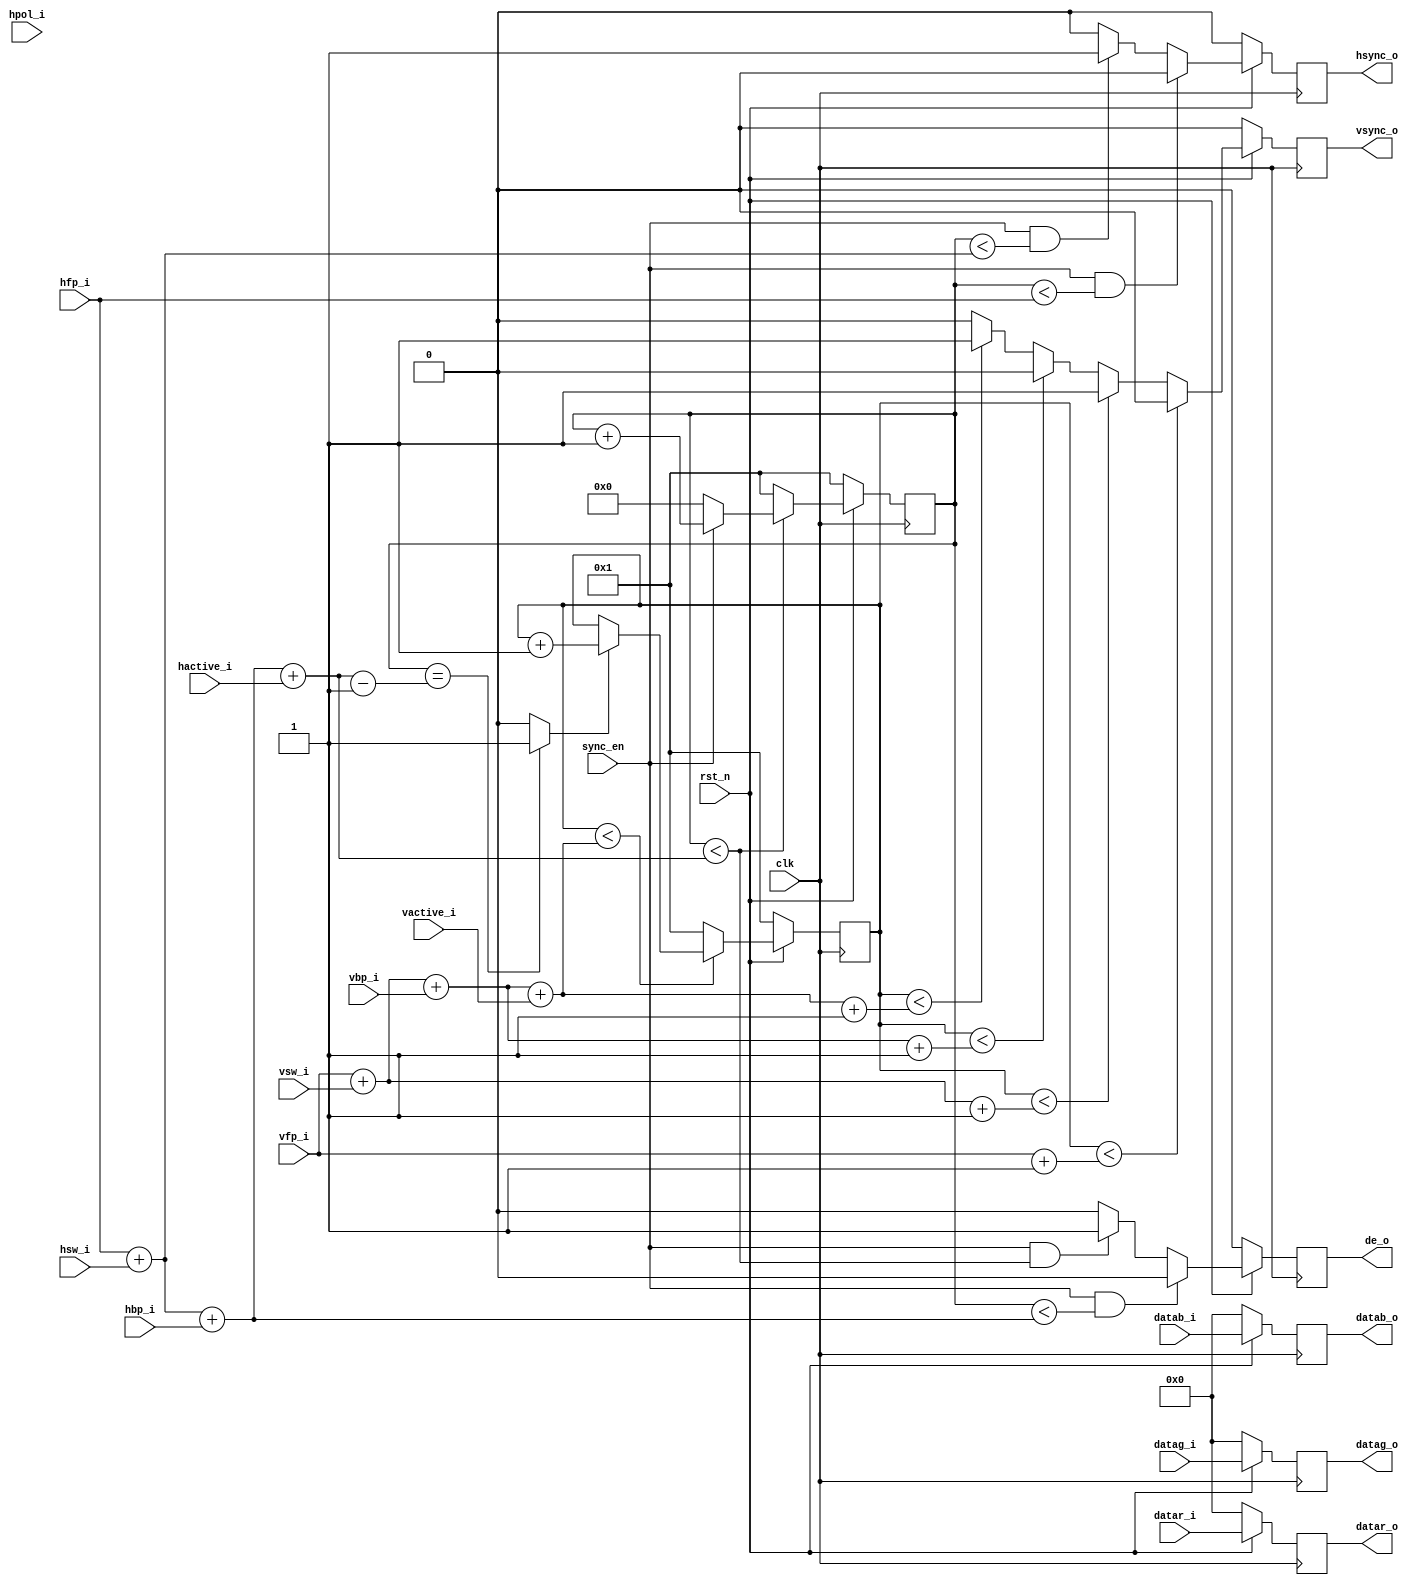
module output_timing#(
  parameter HFP_WIDTH=8,
  parameter HSW_WIDTH=4,
  parameter HBP_WIDTH=8,
  parameter HACTIVE_WIDTH=16,
  parameter DATA_WIDTH=8,
  parameter VFP_WIDTH=8,
  parameter VSW_WIDTH=4,
  parameter VBP_WIDTH=8,
  parameter VACTIVE_WIDTH=16

)(
  input                       clk,
  input                       rst_n,
  input                       sync_en,
  input                       hpol_i,
  input [HFP_WIDTH-1:0]       hfp_i,
  input [HSW_WIDTH-1:0]       hsw_i,
  input [HBP_WIDTH-1:0]       hbp_i,
  input [HACTIVE_WIDTH-1:0]   hactive_i,
  input [VFP_WIDTH-1:0]       vfp_i,
  input [VSW_WIDTH-1:0]       vsw_i,
  input [VBP_WIDTH-1:0]       vbp_i,
  input [VACTIVE_WIDTH-1:0]   vactive_i,
  input [DATA_WIDTH-1:0]      datar_i,
  input [DATA_WIDTH-1:0]      datag_i,
  input [DATA_WIDTH-1:0]      datab_i,

  output [DATA_WIDTH-1:0]     datar_o,
  output [DATA_WIDTH-1:0]     datag_o,
  output [DATA_WIDTH-1:0]     datab_o,
  output                      hsync_o,
  output                      vsync_o,
  output                      de_o
);


reg  [HACTIVE_WIDTH:0]  h_cnt_r;
reg                     hsync_r;
reg                     de_r;

wire [HACTIVE_WIDTH:0]  h_cnt_nxt_c;
wire [HACTIVE_WIDTH:0]  htt_c;
wire [HFP_WIDTH:0]      hsw_end_c;
wire [HFP_WIDTH:0]      hbp_end_c;
wire [HFP_WIDTH:0]      hfp_end_c;


assign hfp_end_c =  hfp_i;
assign hsw_end_c = hfp_end_c + hsw_i;
assign hbp_end_c = hsw_end_c + hbp_i;
assign htt_c =  hbp_end_c + hactive_i ;

assign h_cnt_nxt_c = (sync_en)?(h_cnt_r+1'b1):1'b0;
//h_cnt
always @(posedge clk)begin
  if(!rst_n)
      h_cnt_r <= {(HACTIVE_WIDTH+1){1'b0}}+1'b1;
  else
      h_cnt_r <= (h_cnt_r<htt_c)?h_cnt_nxt_c:{{(HACTIVE_WIDTH){1'b0}},1'b1};
end

//h_sync
always @(posedge clk)begin
  if(!rst_n)
    hsync_r <= 1'b0;
  else if(sync_en & h_cnt_r < hfp_end_c)
    hsync_r <=1'b0;
  else if(sync_en & h_cnt_r < hsw_end_c)
    hsync_r <= 1'b1;
  else
    hsync_r <= 1'b0;
end

//de signal
always @(posedge clk)begin
  if(!rst_n)
    de_r <= 1'b0;
  else if(sync_en & h_cnt_r < hbp_end_c )
    de_r <= 1'b0;
  else if(sync_en & h_cnt_r < htt_c)
    de_r <= 1'b1;
  else
    de_r <= 1'b0;
end

assign hsync_o = hsync_r;
assign de_o=de_r;

reg  [VACTIVE_WIDTH:0]  v_cnt_r;
wire [VACTIVE_WIDTH:0]  v_cnt_nxt_c;
wire [VACTIVE_WIDTH:0]  v_cnt_c;
reg                     vsync_r;
wire                    h_end_c;

wire [VACTIVE_WIDTH:0]  vtt_c;
wire [VFP_WIDTH:0]      vsw_end_c;
wire [VFP_WIDTH:0]      vbp_end_c;
wire [VFP_WIDTH:0]      vfp_end_c;

assign h_end_c =( h_cnt_r == htt_c -1'b1) ? 1'b1:1'b0;
assign v_cnt_nxt_c =(h_end_c)?(v_cnt_r+1'b1):v_cnt_r;
assign v_cnt_c = (v_cnt_r < vtt_c)?v_cnt_nxt_c:{{(VACTIVE_WIDTH){1'b0}},{1'b1}};

assign vfp_end_c = vfp_i;
assign vsw_end_c = vfp_end_c + vsw_i;
assign vbp_end_c = vsw_end_c + vbp_i;
assign vtt_c =  vbp_end_c + vactive_i ;

//vcnt
always @ (posedge clk) begin
  if(!rst_n) begin
    v_cnt_r <= {{(VACTIVE_WIDTH){1'b0}},{1'b1}};
    end
  else
      v_cnt_r <= v_cnt_c;
  end

always @(posedge clk) begin
  if(!rst_n)
    vsync_r <= 1'b0;
  else if(v_cnt_r < vfp_end_c+1'b1)
    vsync_r <= 1'b0;
  else if(v_cnt_r < vsw_end_c+1'b1)
    vsync_r <= 1'b1;
  else if(v_cnt_r < vbp_end_c+1'b1)
    vsync_r <= 1'b0;
  else if(v_cnt_r < vtt_c+1'b1)
    vsync_r <= 1'b1;
  else
    vsync_r <= 1'b0;
end

assign vsync_o=vsync_r;

reg[DATA_WIDTH-1:0] datar_r;
reg[DATA_WIDTH-1:0] datag_r;
reg[DATA_WIDTH-1:0] datab_r;

assign datar_o=datar_r;
assign datag_o=datag_r;
assign datab_o=datab_r;

always @ (posedge clk) begin
  if(!rst_n) begin 
    datar_r <={ DATA_WIDTH{1'b0}};
    datag_r <={ DATA_WIDTH{1'b0}};
    datab_r <={ DATA_WIDTH{1'b0}};
    end
  else begin
    datar_r <= datar_i;
    datag_r <= datag_i;
    datab_r <= datab_i;
    end
end

endmodule